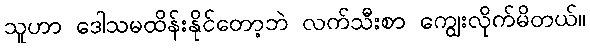
သူဟာ ဒေါသမထိန်းနိုင်တော့ဘဲ လက်သီးစာ ကျွေးလိုက်မိတယ်။